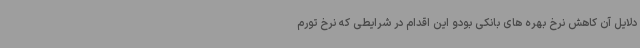
دلایل آن کاهش نرخ بهره های بانکی بودو این اقدام در شرایطی که نرخ تورم